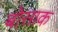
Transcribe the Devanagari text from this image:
बोसाक